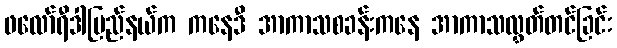
ဖလော်ရီဒါပြည်နယ်က ကနေဒီ အာကာသစခန်းကနေ အာကာသလွှတ်တင်ခြင်း